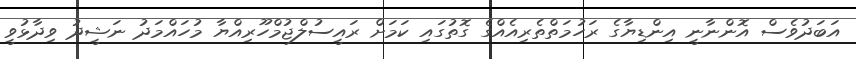
އަބަދުވެސް އޮންނާނީ އިންޑިޔާގެ ރަހުމަތްތެރިއެއްގެ ގޮތުގައި ކަމަށް ރައީސުލްޖުމްހޫރިއްޔާ މުހައްމަދު ނަޝީދު ވިދާޅުވީ